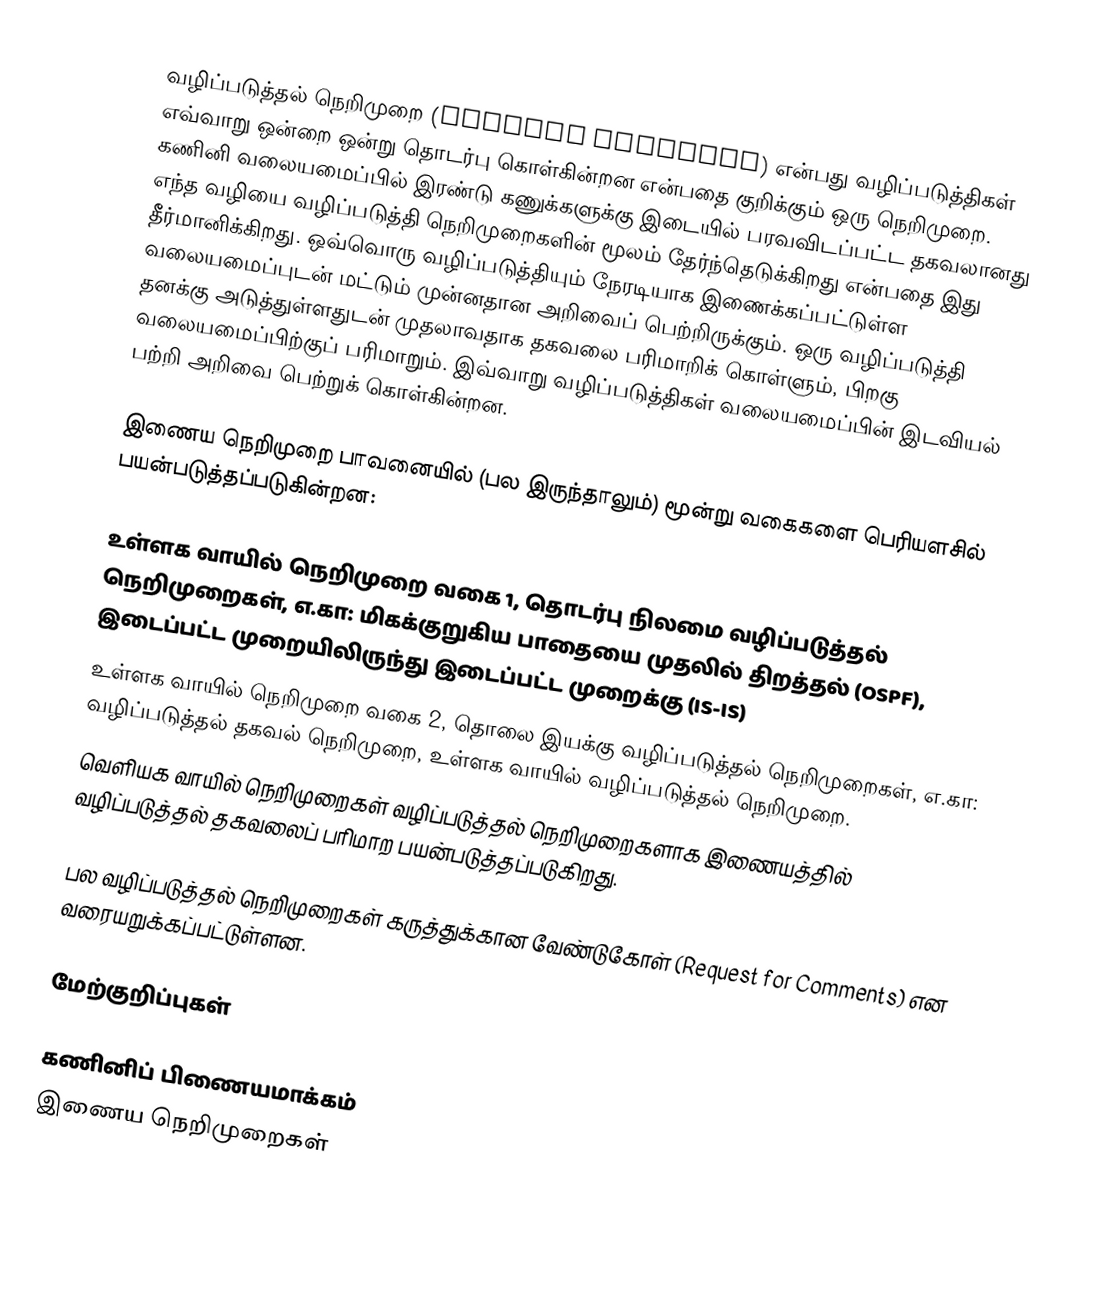
வழிப்படுத்தல் நெறிமுறை (routing protocol) என்பது வழிப்படுத்திகள் எவ்வாறு ஒன்றை ஒன்று தொடர்பு கொள்கின்றன என்பதை குறிக்கும் ஒரு நெறிமுறை. கணினி வலையமைப்பில் இரண்டு கணுக்களுக்கு இடையில் பரவவிடப்பட்ட தகவலானது எந்த வழியை வழிப்படுத்தி நெறிமுறைகளின் மூலம் தேர்ந்தெடுக்கிறது என்பதை இது தீர்மானிக்கிறது. ஒவ்வொரு வழிப்படுத்தியும் நேரடியாக இணைக்கப்பட்டுள்ள வலையமைப்புடன் மட்டும் முன்னதான அறிவைப் பெற்றிருக்கும். ஒரு வழிப்படுத்தி தனக்கு அடுத்துள்ளதுடன் முதலாவதாக தகவலை பரிமாறிக் கொள்ளும், பிறகு வலையமைப்பிற்குப் பரிமாறும். இவ்வாறு வழிப்படுத்திகள் வலையமைப்பின் இடவியல் பற்றி அறிவை பெற்றுக் கொள்கின்றன.

இணைய நெறிமுறை பாவனையில் (பல இருந்தாலும்) மூன்று வகைகளை பெரியளசில் பயன்படுத்தப்படுகின்றன:

 உள்ளக வாயில் நெறிமுறை  வகை 1, தொடர்பு நிலமை வழிப்படுத்தல் நெறிமுறைகள், எ.கா: மிகக்குறுகிய பாதையை முதலில் திறத்தல் (OSPF), இடைப்பட்ட முறையிலிருந்து இடைப்பட்ட முறைக்கு (IS-IS)
 உள்ளக வாயில் நெறிமுறை வகை 2, தொலை இயக்கு வழிப்படுத்தல் நெறிமுறைகள், எ.கா: வழிப்படுத்தல் தகவல் நெறிமுறை, உள்ளக வாயில் வழிப்படுத்தல் நெறிமுறை.
 வெளியக வாயில் நெறிமுறைகள் வழிப்படுத்தல் நெறிமுறைகளாக இணையத்தில் வழிப்படுத்தல் தகவலைப் பரிமாற பயன்படுத்தப்படுகிறது.

பல வழிப்படுத்தல் நெறிமுறைகள் கருத்துக்கான வேண்டுகோள் (Request for Comments) என வரையறுக்கப்பட்டுள்ளன.

மேற்குறிப்புகள்

கணினிப் பிணையமாக்கம்
இணைய நெறிமுறைகள்